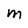
Character: m